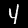
Label: 4